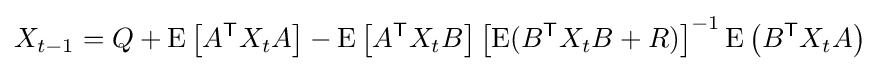
X_{t-1}=Q+\mathrm {E} \left[A^{\mathsf {T}}X_{t}A\right]-\mathrm {E} \left[A^{\mathsf {T}}X_{t}B\right]\left[\mathrm {E} (B^{\mathsf {T}}X_{t}B+R)\right]^{-1}\mathrm {E} \left(B^{\mathsf {T}}X_{t}A\right)